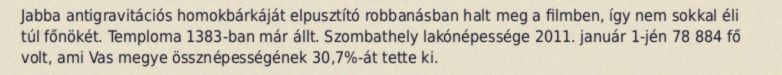
Jabba antigravitációs homokbárkáját elpusztító robbanásban halt meg a filmben, így nem sokkal éli túl főnökét. Temploma 1383-ban már állt. Szombathely lakónépessége 2011. január 1-jén 78 884 fő volt, ami Vas megye össznépességének 30,7%-át tette ki.